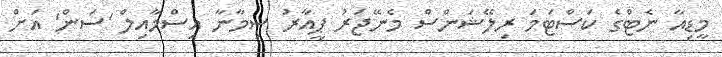
މީޑިއާ ނެޓްގެ ކަސްޓަމަ ރިލޭޝަންސް މެނޭޖަރު ޕީއާރު ސިމާނާ އިސްމާއިލް 'ސަން' އަށް